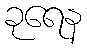
ခုရေန